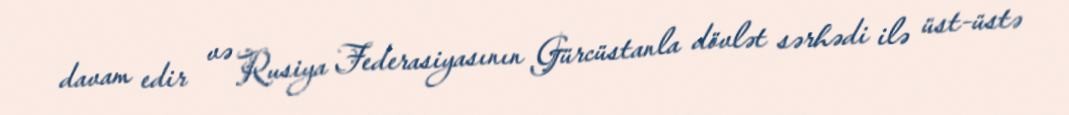
davam edir və Rusiya Federasiyasının Gürcüstanla dövlət sərhədi ilə üst-üstə